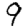
Digit: 9